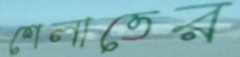
শেলাতের